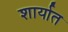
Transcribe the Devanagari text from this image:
शार्यात